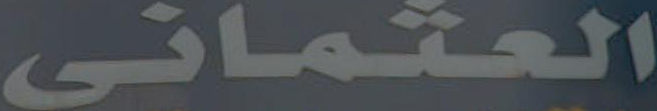
العثماني